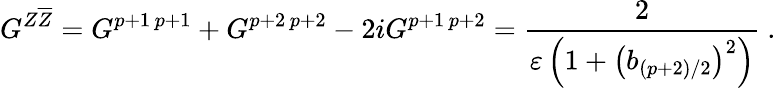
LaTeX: G^{Z\overline{{{Z}}}}=G^{p+1\, p+1}+G^{p+2\, p+2}-2iG^{p+1\, p+2}=\frac{2}{\varepsilon\left(1+\left(b_{(p+2)/2}\right)^{2}\right)}~.